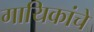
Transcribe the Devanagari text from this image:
गायिकांचे